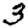
Digit: 3